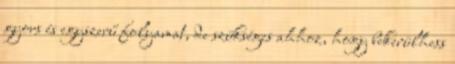
gyors és egyszerű folyamat, de szükséges ahhoz, hogy bekerülhess